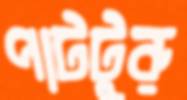
পাটটুরু